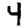
Digit: 4